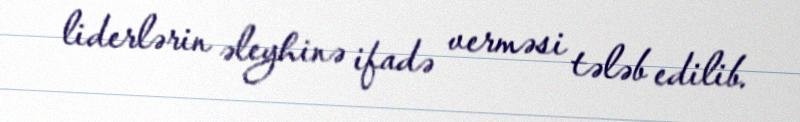
liderlərin əleyhinə ifadə verməsi tələb edilib.